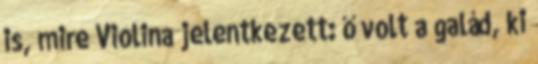
is, mire Violina jelentkezett: ő volt a galád, ki